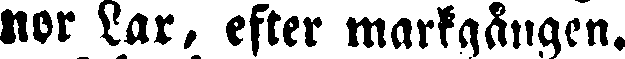
nor Lar, efter markgången.